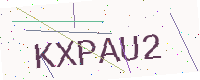
Text: KXPAU2